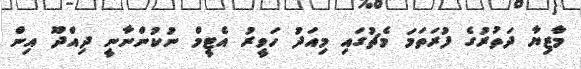
މާޒިޔާ ދަތުރުގެ ފުރަތަމަ މެޗުގައި މިއަދު ހަވީރު އެޓީމް ނުކުންނާނީ ދިއްދޫ އިން